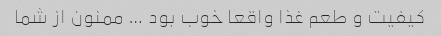
کیفیت و طعم غذا واقعا خوب بود … ممنون از شما